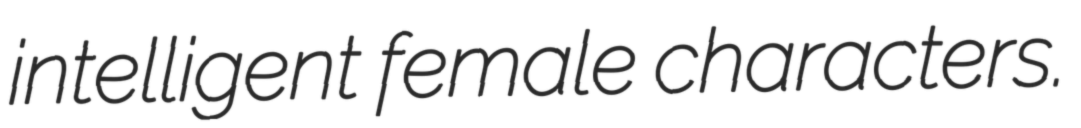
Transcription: intelligent female characters.